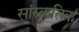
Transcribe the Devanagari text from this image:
सांस्कतिक